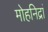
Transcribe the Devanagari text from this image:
मोहनिद्रां